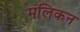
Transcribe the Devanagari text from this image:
मलिकन